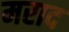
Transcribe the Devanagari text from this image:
मराद